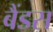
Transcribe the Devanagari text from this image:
बैंडस